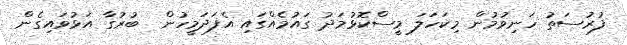
ފުރުސަތު ހަނިވުމުން މިކަހަލަ މީސްކޮޅުމަދު ގައުމެއްގައި އެފަދަމީހުން  ބުރުގާ އަޅުވައިގެން